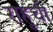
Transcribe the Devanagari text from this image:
राहूची